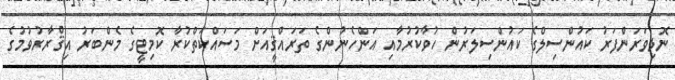
ނޮޅިވަރަންފަރު ކައުންސިލްގެ ކައުންސިލަރުން ހުވާކުރުމާއި އަންހެނުންގެ ތަރައްޤީއަށް މަސައްކަތްކުރާ ކޮމިޓީގެ މެންބަރު އިޤްރާރުވުމުގެ